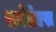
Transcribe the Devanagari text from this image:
धर्मलेएख